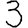
Digit: 3